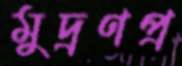
মুদ্রণপ্র